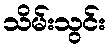
သိမ်းသွင်း